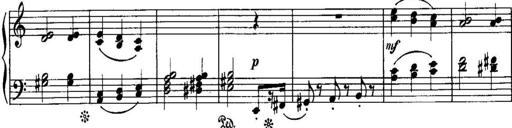
Title: Piano Sonatina No.1, Op.146
Composer: Stephen Heller